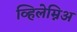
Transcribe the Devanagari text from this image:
व्हिलेम्निअ